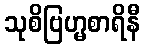
သုစိဗြဟ္မစာရိနီ